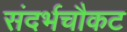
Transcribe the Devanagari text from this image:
संदर्भचौकट